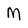
Character: M